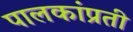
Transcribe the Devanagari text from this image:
पालकांप्रती